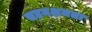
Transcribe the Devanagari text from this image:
सहनक्षमता